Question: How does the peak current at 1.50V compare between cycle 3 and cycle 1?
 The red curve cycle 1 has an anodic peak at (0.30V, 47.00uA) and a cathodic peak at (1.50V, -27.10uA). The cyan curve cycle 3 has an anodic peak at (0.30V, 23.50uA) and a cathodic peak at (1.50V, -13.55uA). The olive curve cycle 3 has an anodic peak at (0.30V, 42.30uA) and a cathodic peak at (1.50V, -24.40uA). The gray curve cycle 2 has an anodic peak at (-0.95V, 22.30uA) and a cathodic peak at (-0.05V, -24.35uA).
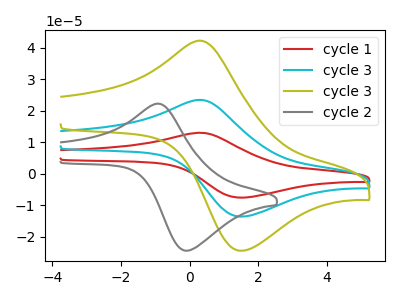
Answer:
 <answer>The peak at 1.50V is lower in "cycle 3" than in "cycle 1".</answer>
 <eval>lower</eval>